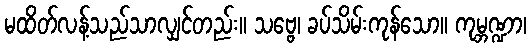
မထိတ်လန့်သည်သာလျှင်တည်း။ သဗ္ဗေ၊ ခပ်သိမ်းကုန်သော။ ကုမ္ဘဏ္ဍာ၊